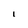
Character: I